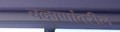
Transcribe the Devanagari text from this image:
चव्हाणांवरील